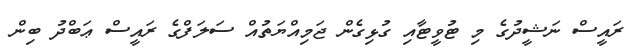
ރައީސް ނަޝީދުގެ މި ޓުވީޓާއި ގުޅިގެން ޖަމިއްޔަތުއް ސަލަފްގެ ރައީސް ޢަބްދު ބިން